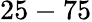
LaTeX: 25-75